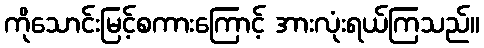
ကိုသောင်းမြင့်စကားကြောင့် အားလုံးရယ်ကြသည်။